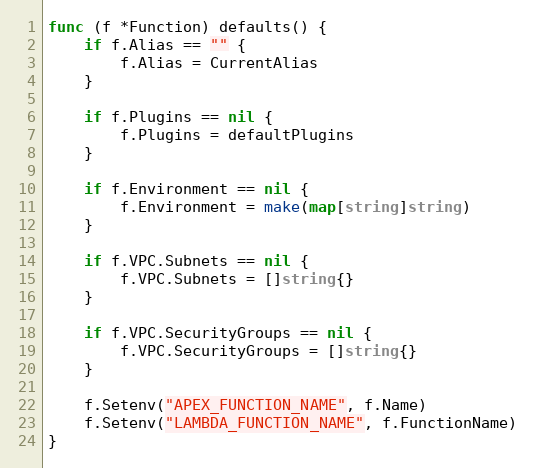
Language: Go
func (f *Function) defaults() {
	if f.Alias == "" {
		f.Alias = CurrentAlias
	}

	if f.Plugins == nil {
		f.Plugins = defaultPlugins
	}

	if f.Environment == nil {
		f.Environment = make(map[string]string)
	}

	if f.VPC.Subnets == nil {
		f.VPC.Subnets = []string{}
	}

	if f.VPC.SecurityGroups == nil {
		f.VPC.SecurityGroups = []string{}
	}

	f.Setenv("APEX_FUNCTION_NAME", f.Name)
	f.Setenv("LAMBDA_FUNCTION_NAME", f.FunctionName)
}